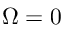
\Omega = 0